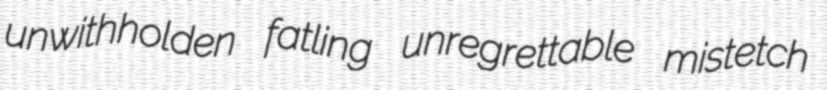
unwithholden fatling unregrettable mistetch